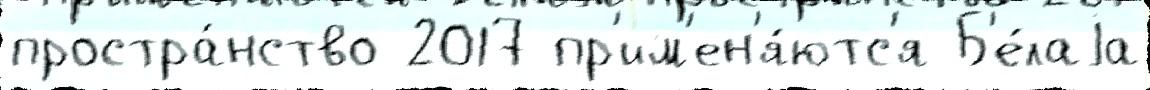
простра́нство 2017 пр'им'ен'я́ютс'я Б'е́лаjа